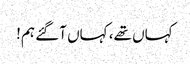
کہاں تھے، کہاں آگئے ہم!